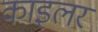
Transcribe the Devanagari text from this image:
काइलर